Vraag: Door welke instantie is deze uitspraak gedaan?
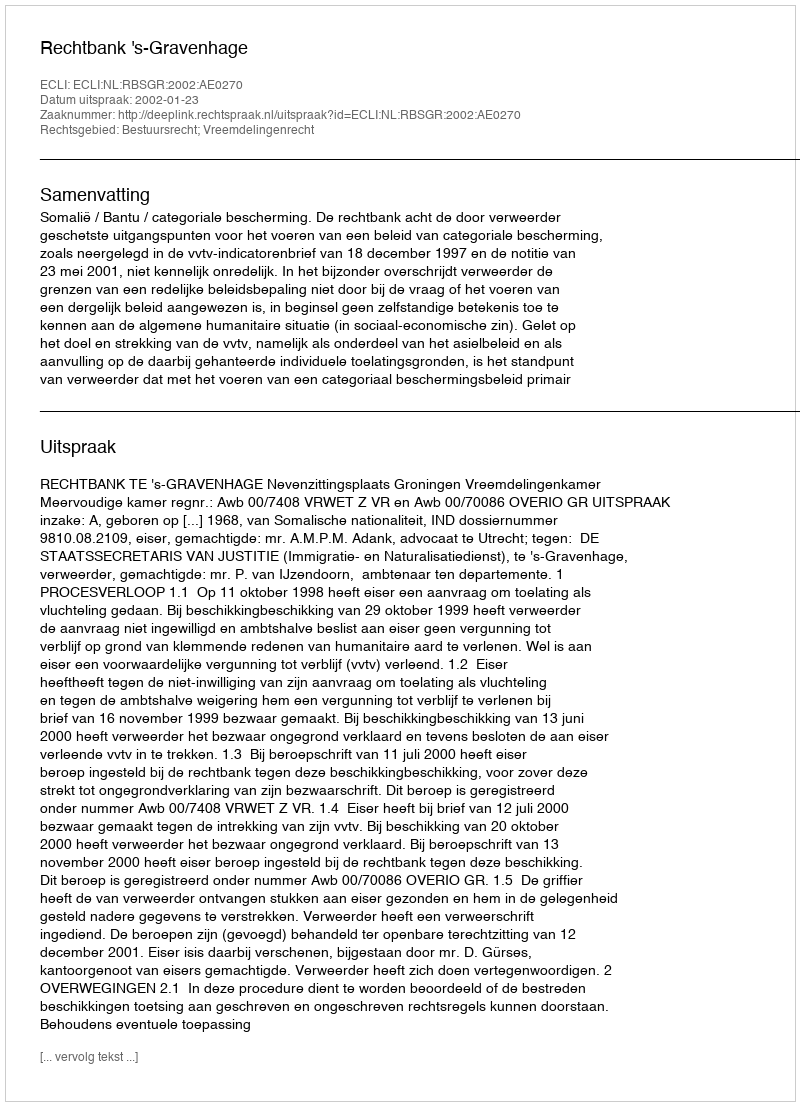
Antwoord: Rechtbank 's-Gravenhage